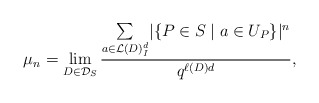
\begin{align*} \mu_n = \lim\limits_{D \in \mathcal{D}_S} \displaystyle{\frac{\sum\limits_{a \in \mathcal{L}(D)^d_I} \lvert \{ P \in S \mid a \in U_{P} \}\rvert^n} {q^{\ell(D)d}}},\end{align*}